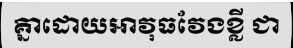
គ្នាដោយអាវុធវែងខ្លី ជា